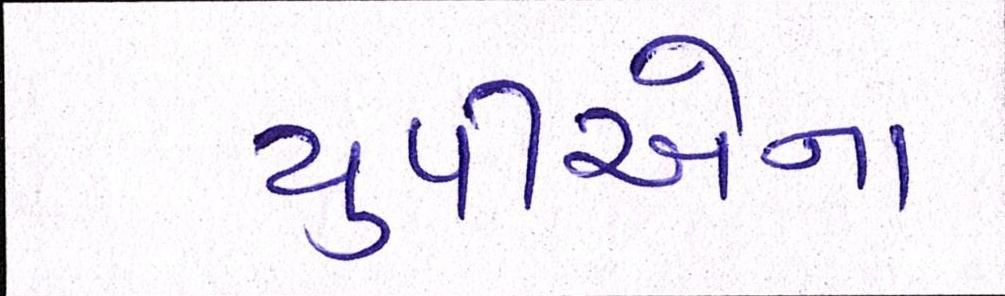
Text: યુપીએના